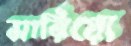
সারিয়ো